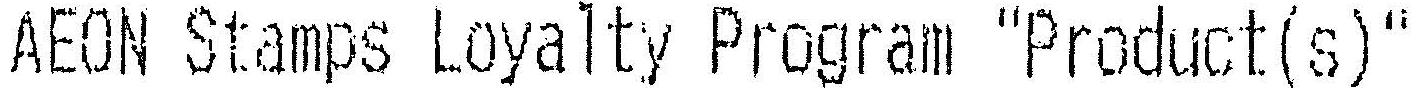
AEON STAMPS LOYALTY PROGRAM "PRODUCT(S)"